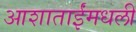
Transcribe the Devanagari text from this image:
आशाताईंमधली